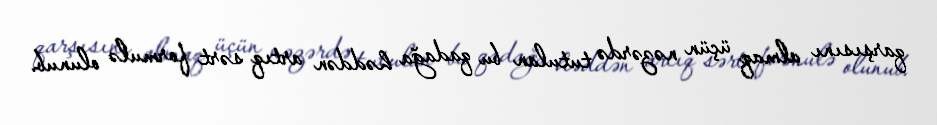
qarşısını almaq üçün nəzərdə tutulan bu qadağa həddən artıq sərt formulə olunub.